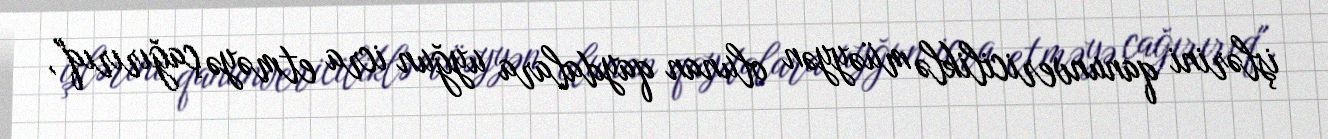
işlərini qanunvericiliklə müəyyən olunan qaydalara uyğun icra etməyə çağırırıq",